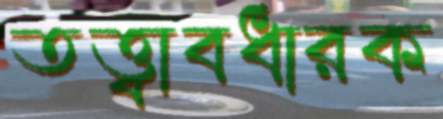
তত্ত্বাবধারক